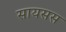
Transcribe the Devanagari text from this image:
सायसस